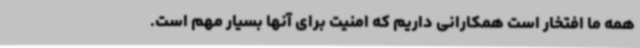
همه ما افتخار است همکارانی داریم که امنیت برای آنها بسیار مهم است.